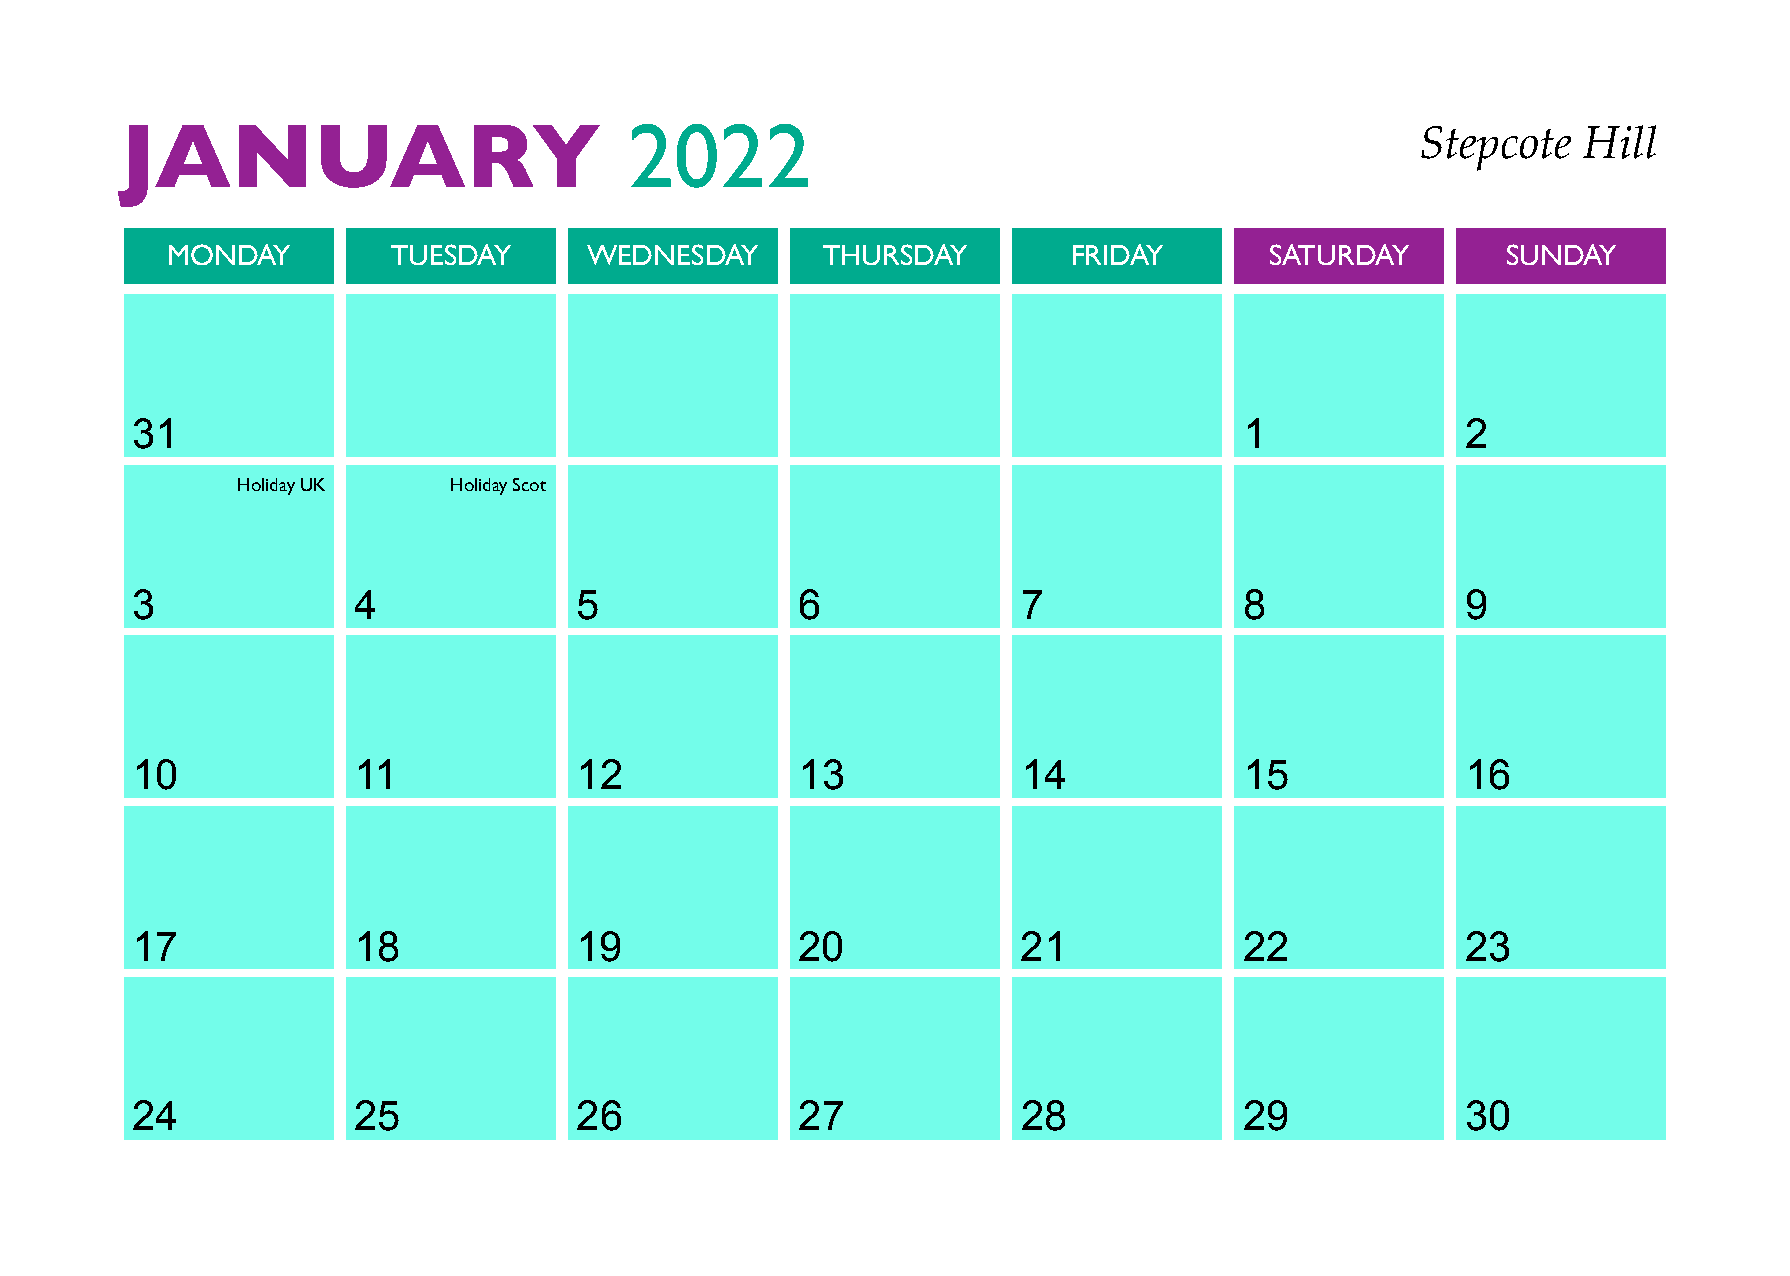
JANUARY                           2022
 Stepcote   Hill
 MONDAY         TUESDAY      WEDNESDAY      THURSDAY         FRIDAY       SATURDAY        SUNDAY
 31                                                                       1              2
 Holiday UK    Holiday Scot
 3             4              5              6              7             8              9
 10            11             12             13             14            15             16
 17            18             19             20             21            22             23
 24            25             26             27             28            29             30